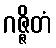
ဂဇ္ဇိတံ